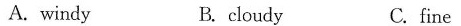
A. windy B. cloudy C. fine